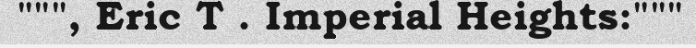
""", Eric T . Imperial Heights:"""